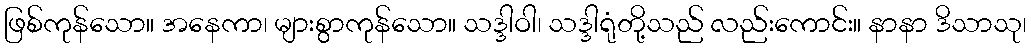
ဖြစ်ကုန်သော။ အနေကာ၊ များစွာကုန်သော။ သဒ္ဒါဝါ၊ သဒ္ဒါရုံတို့သည် လည်းကောင်း။ နာနာ ဒိသာသု၊